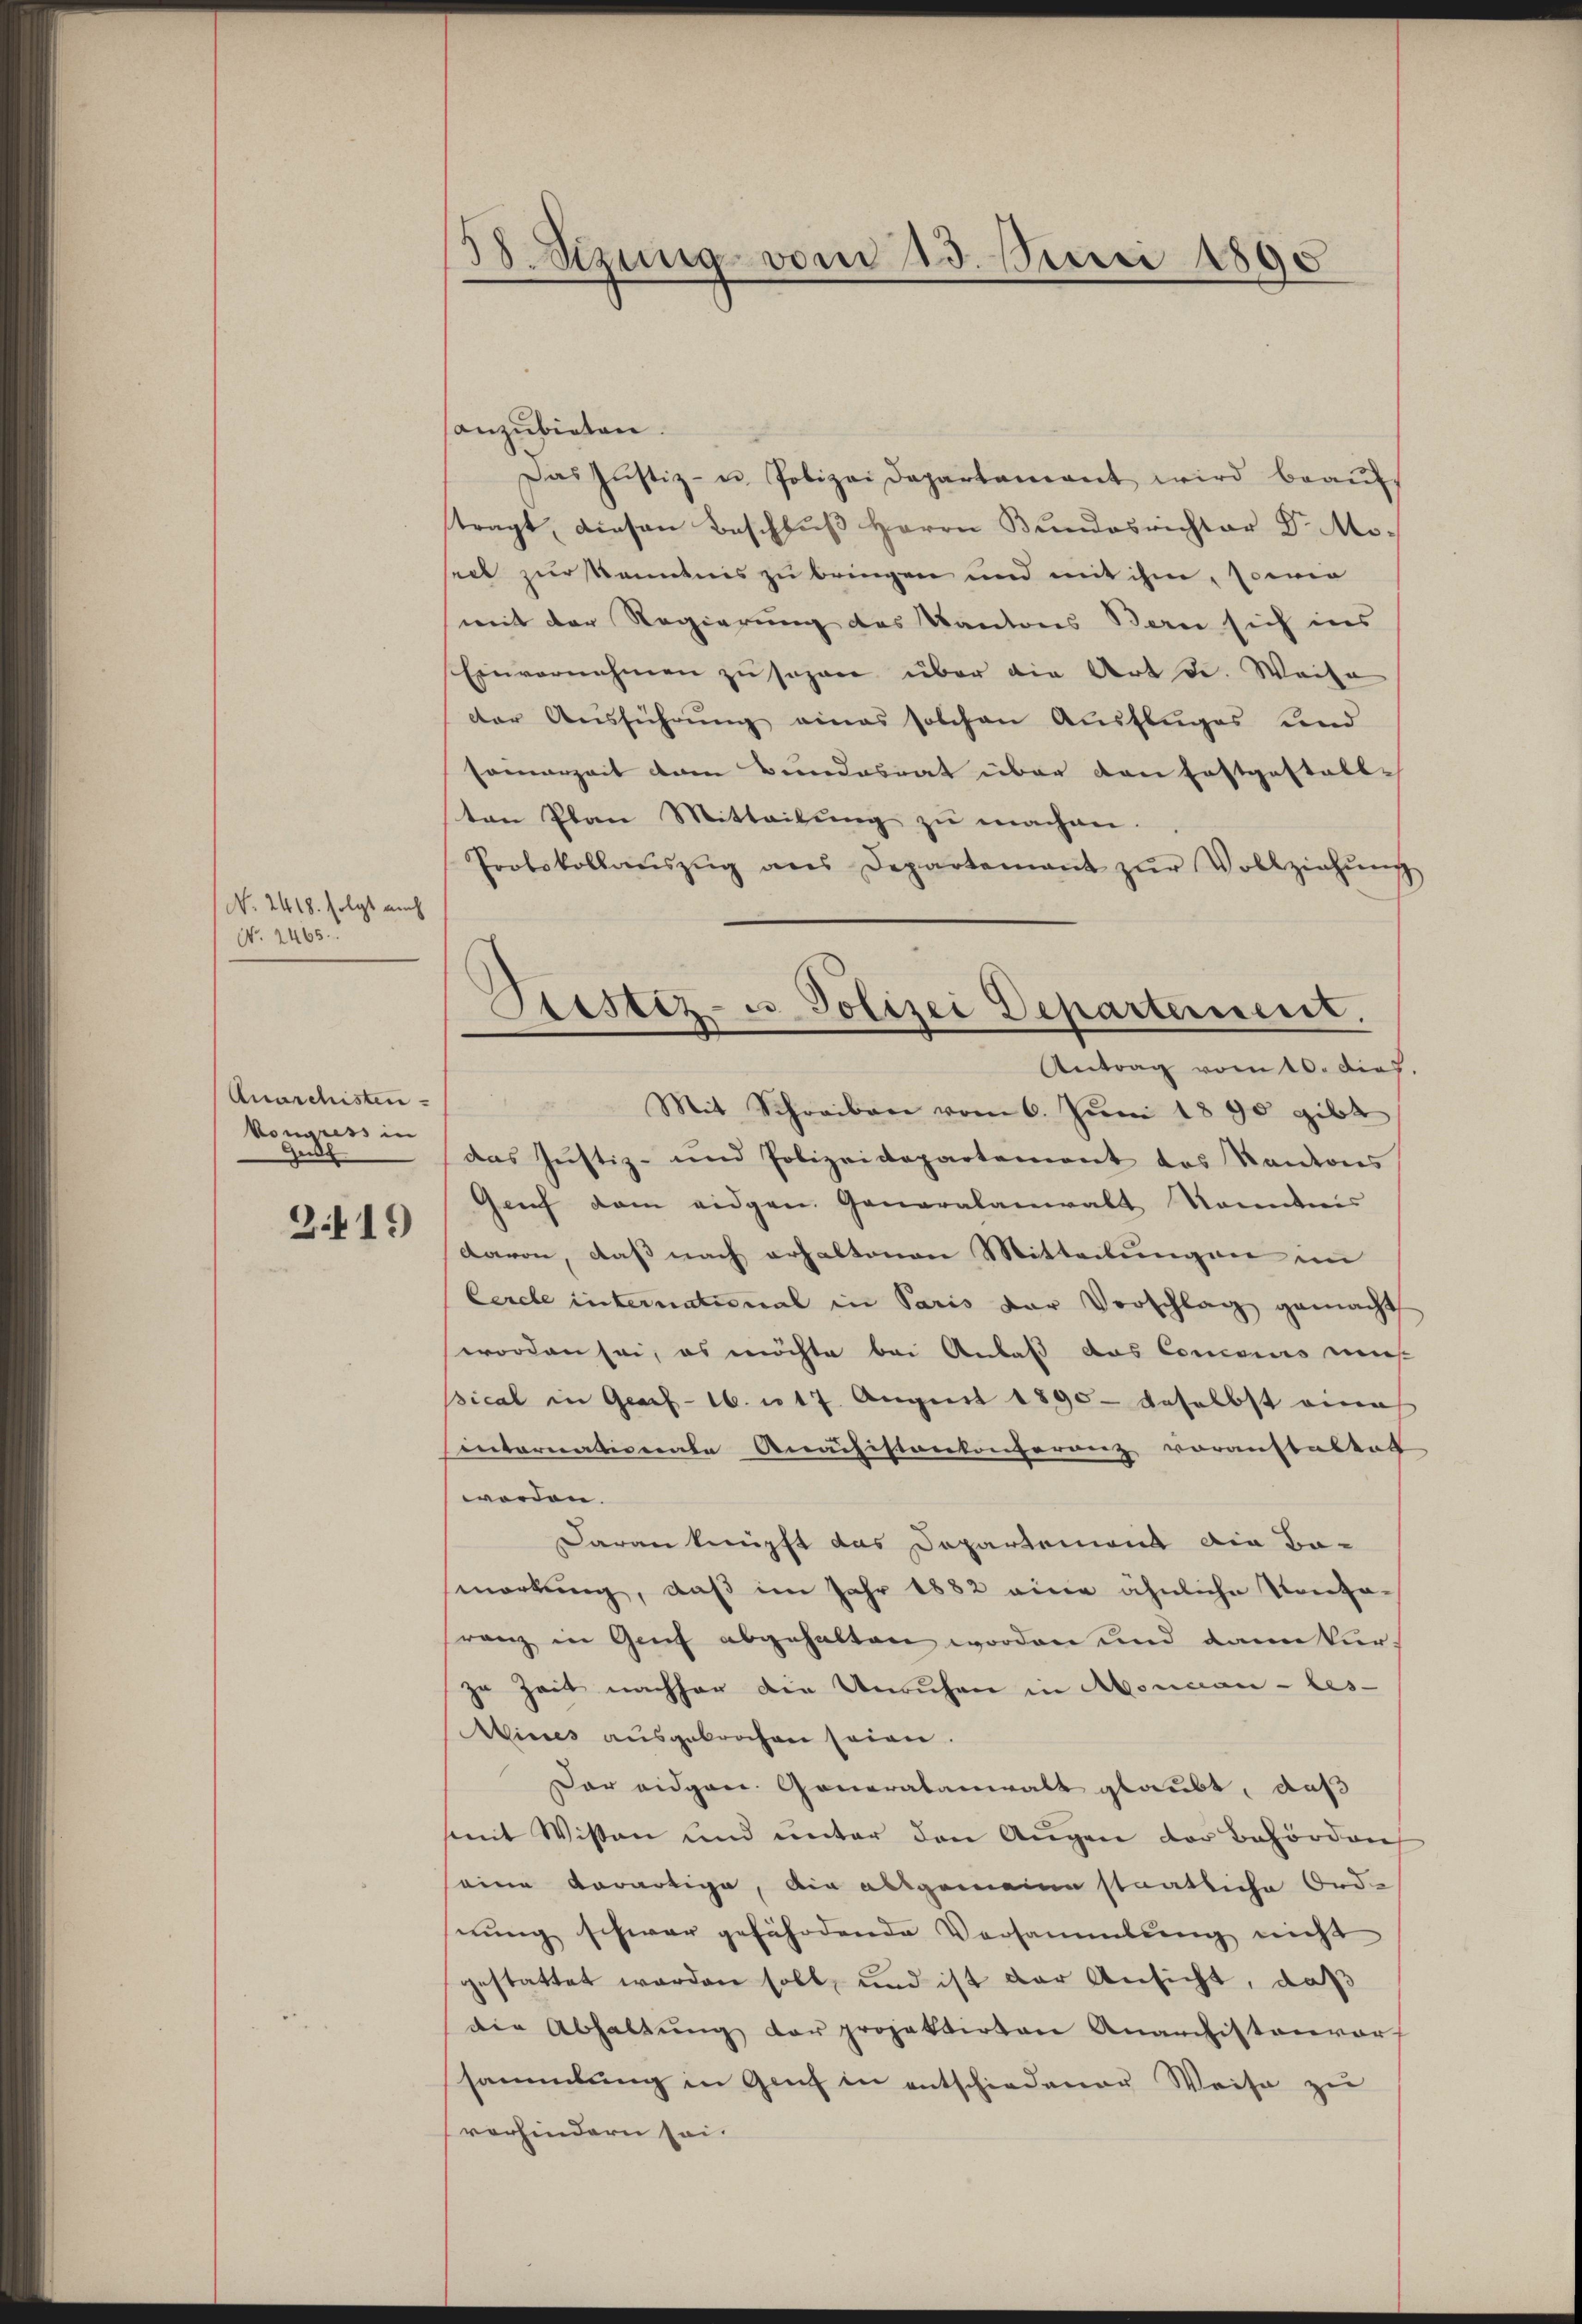
No. 2418. folgt auch
No. 2465.

Anarchisten
Vongniss in

2419

38. Sizung vom 13. Juni 1890

anzubieten.
Das Justiz- u. Polizei Departamant wird beaŭf-
tragt, diesen Beschluß Herrn Bundesrichter Dr. Moseit zur Kenntnis zu bringen und mit ihm, sowie
mit der Regierung des Kantons Bern sich ins
Einvernehmen zŭ sogar über die Art d. Weise
der Ausführung eines solchen Ausfluges und
samerzeit vom Bundesrat über den festgestall-
ten Plan Mitteilung zu machen.
Protokollaŭszŭg ans Departement zŭr Vollziehŭng
Mit Schreiben vom 6. Juni 1890 gibt
das Justiz- und Polizeidepartement des Kantons
Genf dem eidgen. Generalanwalt kanntnis
davon, daß nach erhaltenen Mitteilungen im
Cercle international in Paris der Vorschlag gemacht
worden sei, es möchte bei Anlaß das Concours mis
sical in Graf- 16. u 17. August 1890 - daselbst eine
internationate Anachistonkonferenz voranstaltet
worden.
Daran knüpft das Departement die Ba-
markung, daß im Jahr 1882 eine ähnliche Konza-
ranz in Genf abgehalten worden und dann kürzu Zeit nachher die Unruhen in Aboncan-les-
Minces ausgebrochen seien.
Der eidgen. Generalbanwalt glaubt, daß
mit Wissen und unter den Aŭgen der Behörden
eine Aerartige, die allgemeine staatliche Ord-
nŭng schwar gefährdende Versammlung nicht
gestattet worden soll, und ist der Ansicht, daß
die Abhaltung der projektirten Anarchistenvor
sammlung in Genf in entschiedener Weise zu
verhindern sei.

Vestiz- u. Polizei Departement.
Antrag vom 10. dich.